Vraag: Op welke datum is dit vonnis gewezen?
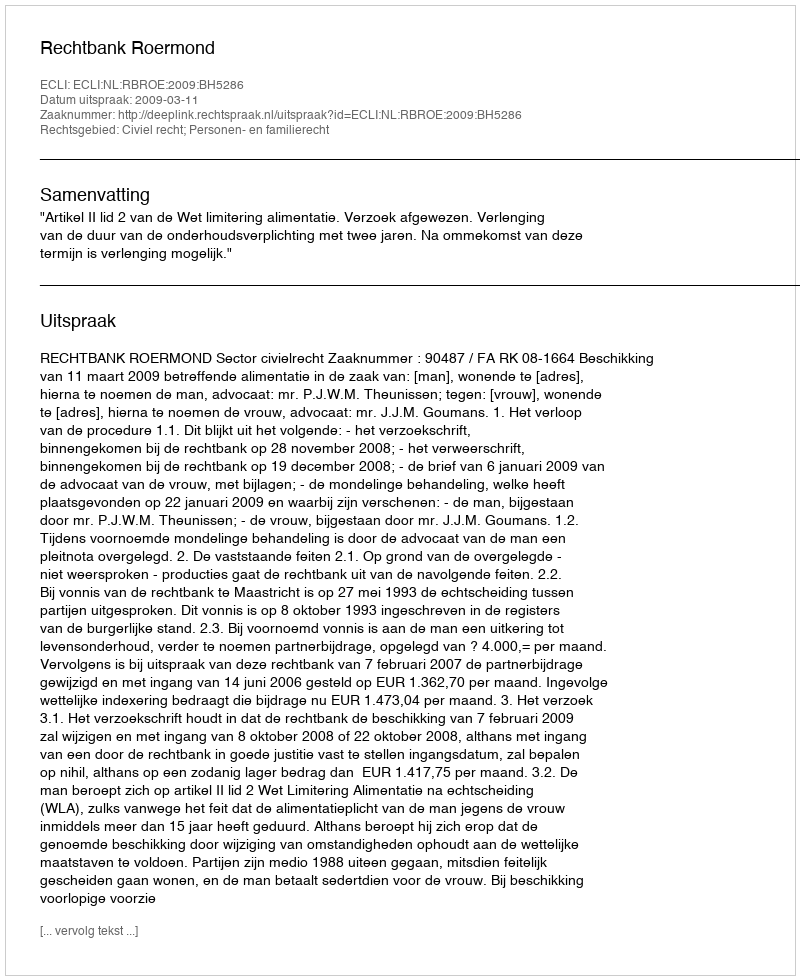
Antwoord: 2009-03-11